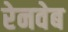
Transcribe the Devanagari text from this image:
रेनवेब